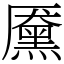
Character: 黡